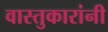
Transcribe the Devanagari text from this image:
वास्तुकारांनी